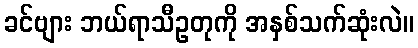
ခင်ဗျား ဘယ်ရာသီဥတုကို အနှစ်သက်ဆုံးလဲ။